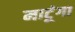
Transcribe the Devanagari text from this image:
माटूंगा